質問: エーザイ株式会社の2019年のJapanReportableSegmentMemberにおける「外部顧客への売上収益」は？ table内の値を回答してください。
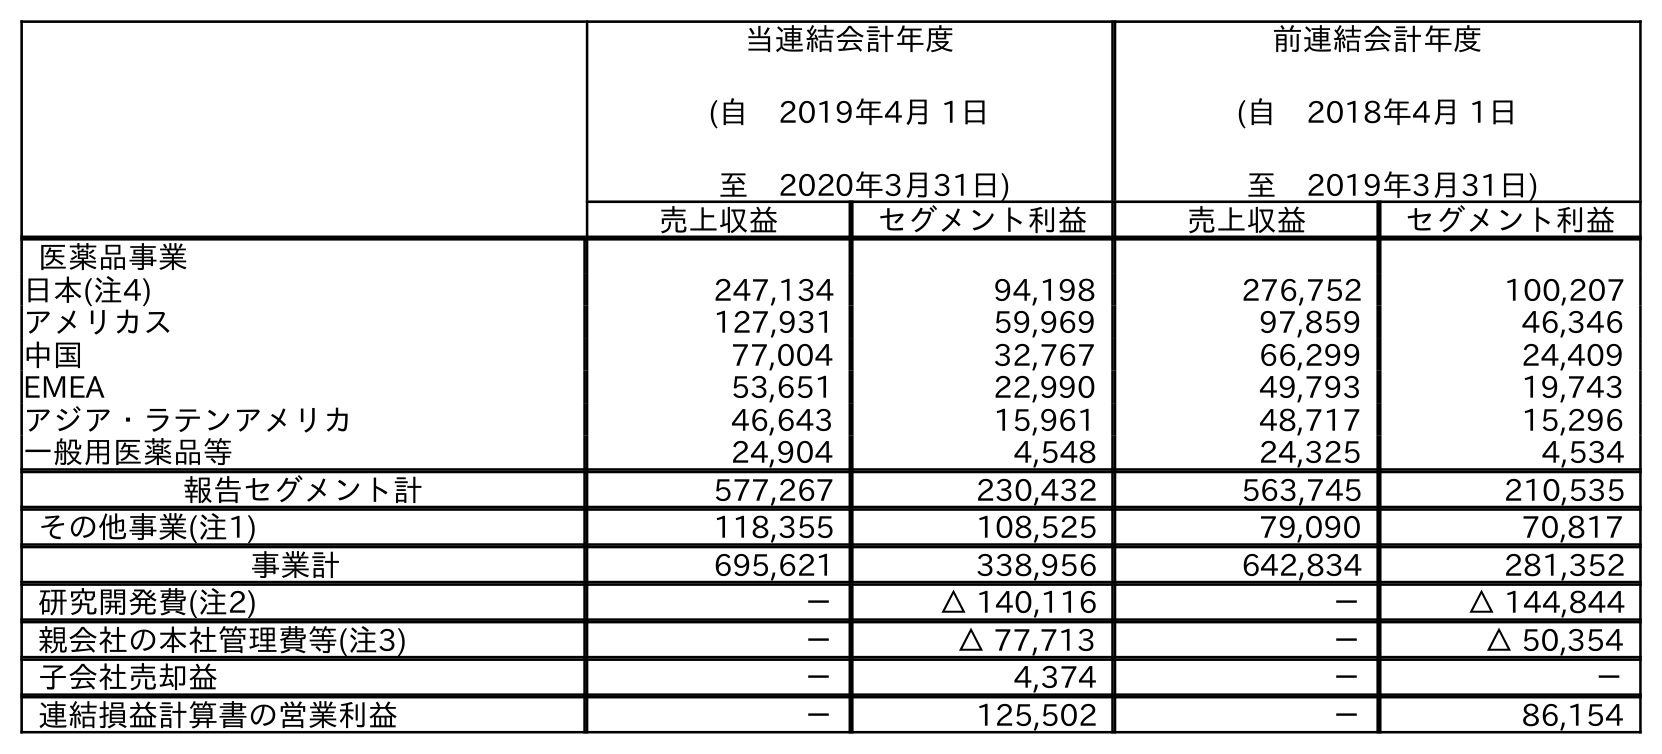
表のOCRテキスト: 当連結会計年度 (自 2019年4月 1日 至 2020年3月31日) 前連結会計年度 (自 2018年4月 1日 至 2019年3月31日) 売上収益 セグメント利益 売上収益 セグメント利益 医薬品事業 日本(注4) 247,134 94,198 276,752 100,207 アメリカス 127,931 59,969 97,859 46,346 中国 77,004 32,767 66,299 24,409 EMEA 53,651 22,990 49,793 19,743 アジア・ラテンアメリカ 46,643 15,961 48,717 15,296 一般用医薬品等 24,904 4,548 24,325 4,534 報告セグメント計 577,267 230,432 563,745 210,535 その他事業(注1) 118,355 108,525 79,090 70,817 事業計 695,621 338,956 642,834 281,352 研究開発費(注2) － △ 140,116 － △ 144,844 親会社の本社管理費等(注3) － △ 77,713 － △ 50,354 子会社売却益 － 4,374 － － 連結損益計算書の営業利益 － 125,502 － 86,154
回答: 276,752